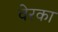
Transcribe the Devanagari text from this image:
वेरका